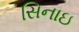
સિનાઇ